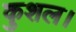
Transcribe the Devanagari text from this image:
कुशल।